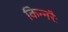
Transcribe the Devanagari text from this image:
किन्नरैः